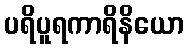
ပရိပူရကာရိနိယော